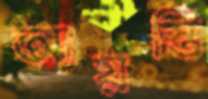
আয়স্তি